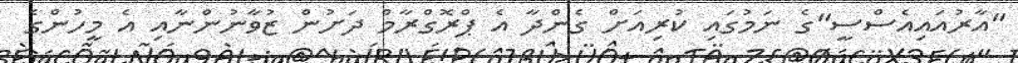
"އާރުއައިއެސްސީ"ގެ ނަމުގައި ކުރިއަށް ގެންދާ އެ ޕްރޮގްރާމް ދަށުން ޒުވާނުންނާއި އެ މީހުންގެ